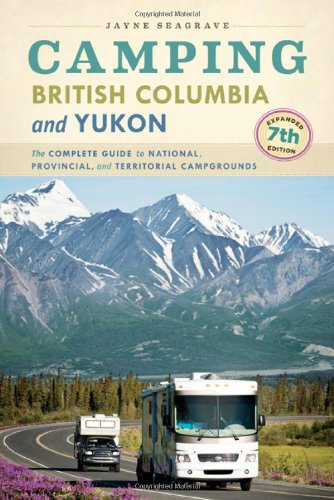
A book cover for Camping British Columbia and Yukon: The Complete Guide to National, Provincial, and Territorial Campgrounds, 7th Edition; Jayne Seagrave; Travel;